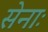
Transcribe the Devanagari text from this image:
सेनाः